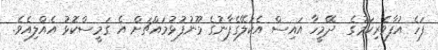
ފަހެ އުފާވެރިކަމުގެ  ދޭމީހާ އައިސް އެކަލޭގެފާނުގެ މޫނުފުޅުމައްޗަށް އެ ގަަމީސްކޮޅު އެއްލިއެވެ.